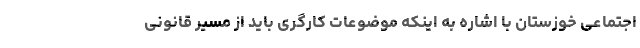
اجتماعی خوزستان با اشاره به اینکه موضوعات کارگری باید از مسیر قانونی